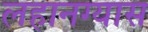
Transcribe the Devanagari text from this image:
लहानग्यास